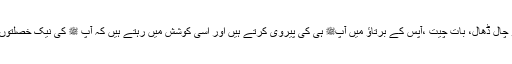
آپ ﷺکے ساتھیوں سے ملتے تو دیکھتے کہ وہ تو چال ڈھال، بات چیت ،آپس کے برتاؤ میں آپﷺ ہی کی پیروی کرتے ہیں اور اسی کوشش میں رہتے ہیں کہ آپ ﷺ کی نیک خصلتوں کو اپنانے میں ایک دوسرے سے آگے نکل جائیں۔